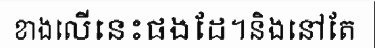
ខាងលើនេះផងដែ។និងនៅតែ